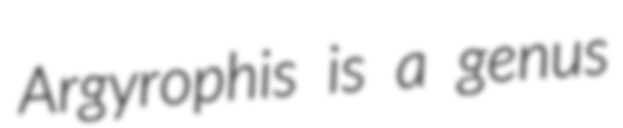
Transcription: Argyrophis is a genus